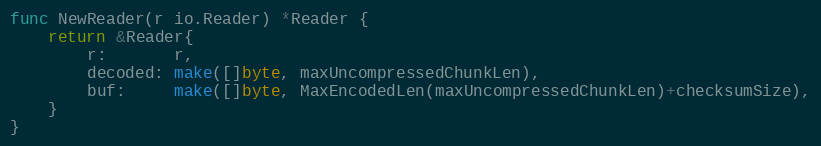
Language: Go
func NewReader(r io.Reader) *Reader {
	return &Reader{
		r:       r,
		decoded: make([]byte, maxUncompressedChunkLen),
		buf:     make([]byte, MaxEncodedLen(maxUncompressedChunkLen)+checksumSize),
	}
}